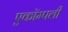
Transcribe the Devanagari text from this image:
एकॉम्पली